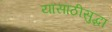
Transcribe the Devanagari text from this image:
यासाठीसुद्धा